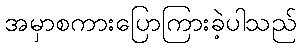
အမှာစကားပြောကြားခဲ့ပါသည်